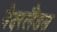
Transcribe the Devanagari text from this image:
नेदरलैंडस